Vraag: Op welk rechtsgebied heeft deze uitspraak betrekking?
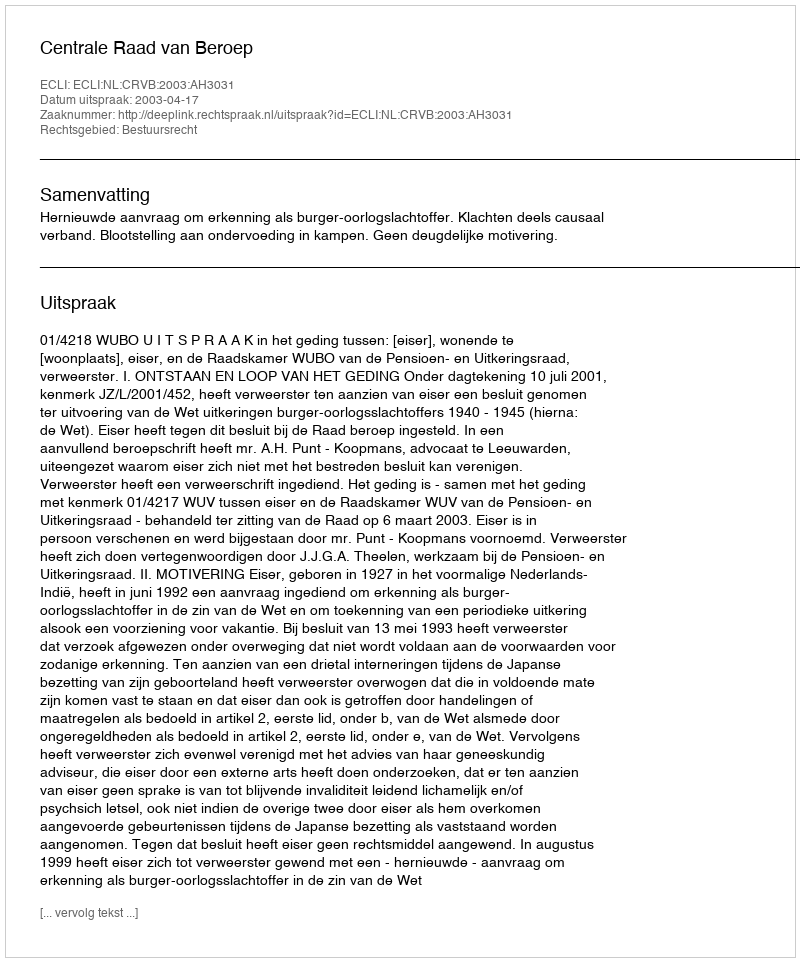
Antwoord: Bestuursrecht